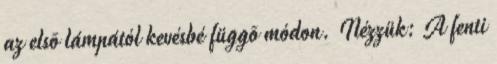
az elsõ lámpától kevésbé függõ módon. Nézzük: A fenti